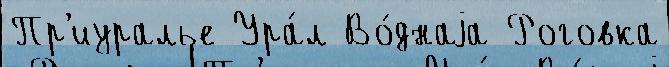
Пр'иуралье Ура́л Во́днаjа Роговка